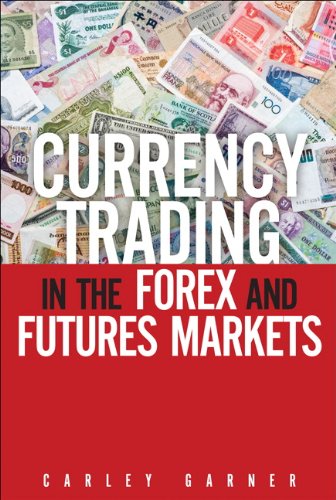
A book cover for Currency Trading in the Forex and Futures Markets; Carley Garner; Business & Money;